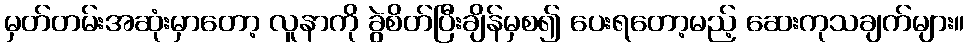
မှတ်တမ်းအဆုံးမှာတော့ လူနာကို ခွဲစိတ်ပြီးချိန်မှစ၍ ပေးရတော့မည့် ဆေးကုသချက်များ။